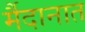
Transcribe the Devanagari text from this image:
र्मैदानात